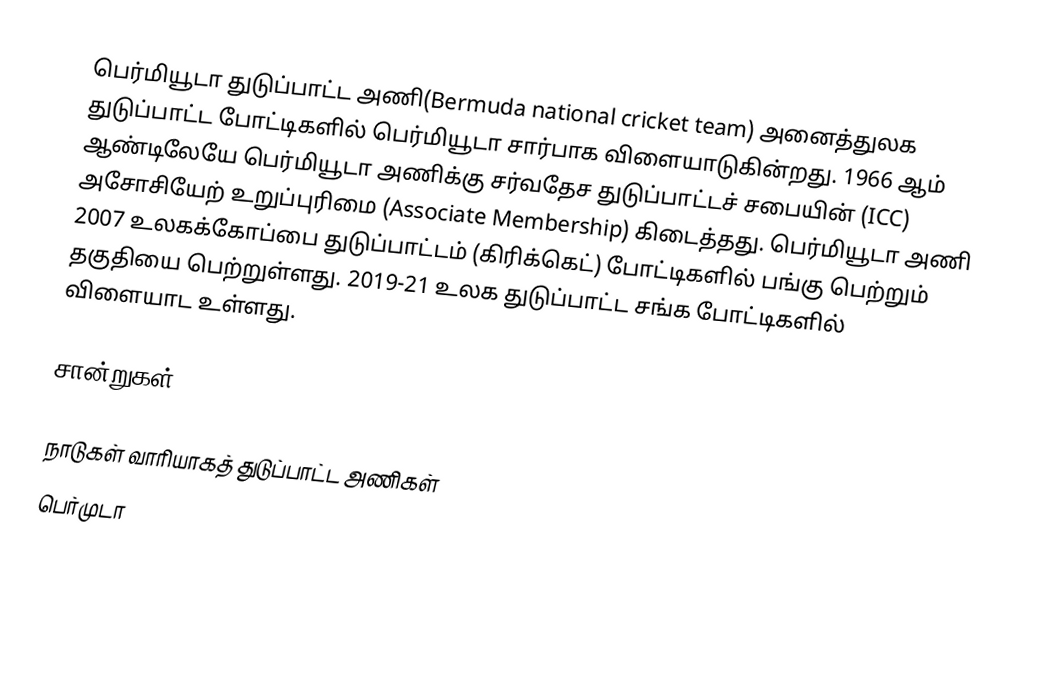
பெர்மியூடா துடுப்பாட்ட அணி(Bermuda national cricket team)  அனைத்துலக துடுப்பாட்ட போட்டிகளில் பெர்மியூடா சார்பாக விளையாடுகின்றது.  1966 ஆம் ஆண்டிலேயே பெர்மியூடா அணிக்கு சர்வதேச துடுப்பாட்டச் சபையின் (ICC) அசோசியேற் உறுப்புரிமை (Associate Membership) கிடைத்தது.  பெர்மியூடா அணி 2007 உலகக்கோப்பை துடுப்பாட்டம் (கிரிக்கெட்) போட்டிகளில் பங்கு பெற்றும் தகுதியை பெற்றுள்ளது. 2019-21 உலக துடுப்பாட்ட சங்க போட்டிகளில் விளையாட உள்ளது.

சான்றுகள்

நாடுகள் வாரியாகத் துடுப்பாட்ட அணிகள்
பெர்முடா